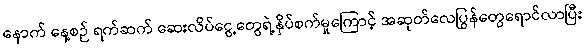
နောက် နေ့စဉ် ရက်ဆက် ဆေးလိပ်ငွေ့တွေရဲ့နှိပ်စက်မှုကြောင့် အဆုတ်လေပြွန်တွေရောင်လာပြီး